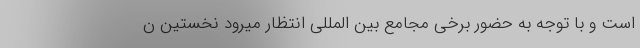
است و با توجه به حضور برخی مجامع بین المللی انتظار میرود نخستین ن